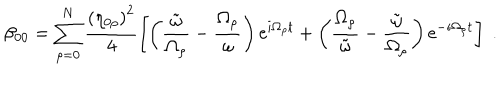
LaTeX: \beta _ { 0 0 } = \sum _ { \rho = 0 } ^ { N } \frac { \left( \eta _ { 0 \rho } \right) ^ { 2 } } { 4 } \left[ \left( \frac { \tilde { \omega } } { \Omega _ { \rho } } - \frac { \Omega _ { \rho } } { \omega } \right) \mathrm { e } ^ { i \Omega _ { \rho } t } + \left( \frac { \Omega _ { \rho } } { \tilde { \omega } } - \frac { \tilde { \omega } } { \Omega _ { \rho } } \right) \mathrm { e } ^ { - i \Omega _ { \rho } t } \right] \; .